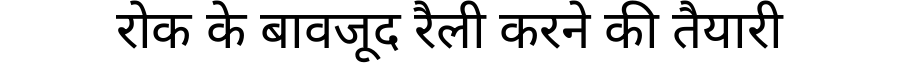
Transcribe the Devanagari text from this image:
रोक के बावजूद रैली करने की तैयारी